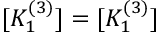
[ K _ { 1 } ^ { ( 3 ) } ] = [ K _ { 1 } ^ { ( 3 ) } ]